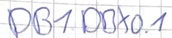
Text: DB1.DBX0.1